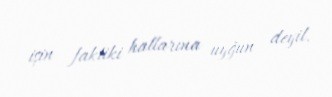
işin faktiki hallarına uyğun deyil.